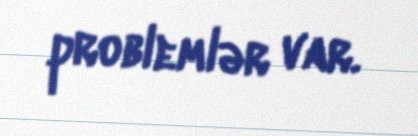
problemlər var.